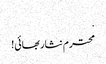
.
محترم نثار بھائی!